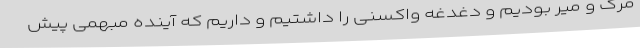
مرگ و میر بودیم و دغدغه واکسنی را داشتیم و داریم که آینده مبهمی پیش